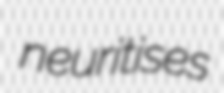
neuritises